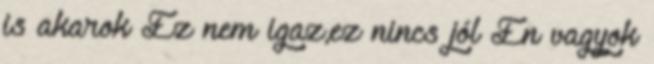
is akarok Ez nem igaz,ez nincs jól Én vagyok